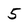
Character: 5